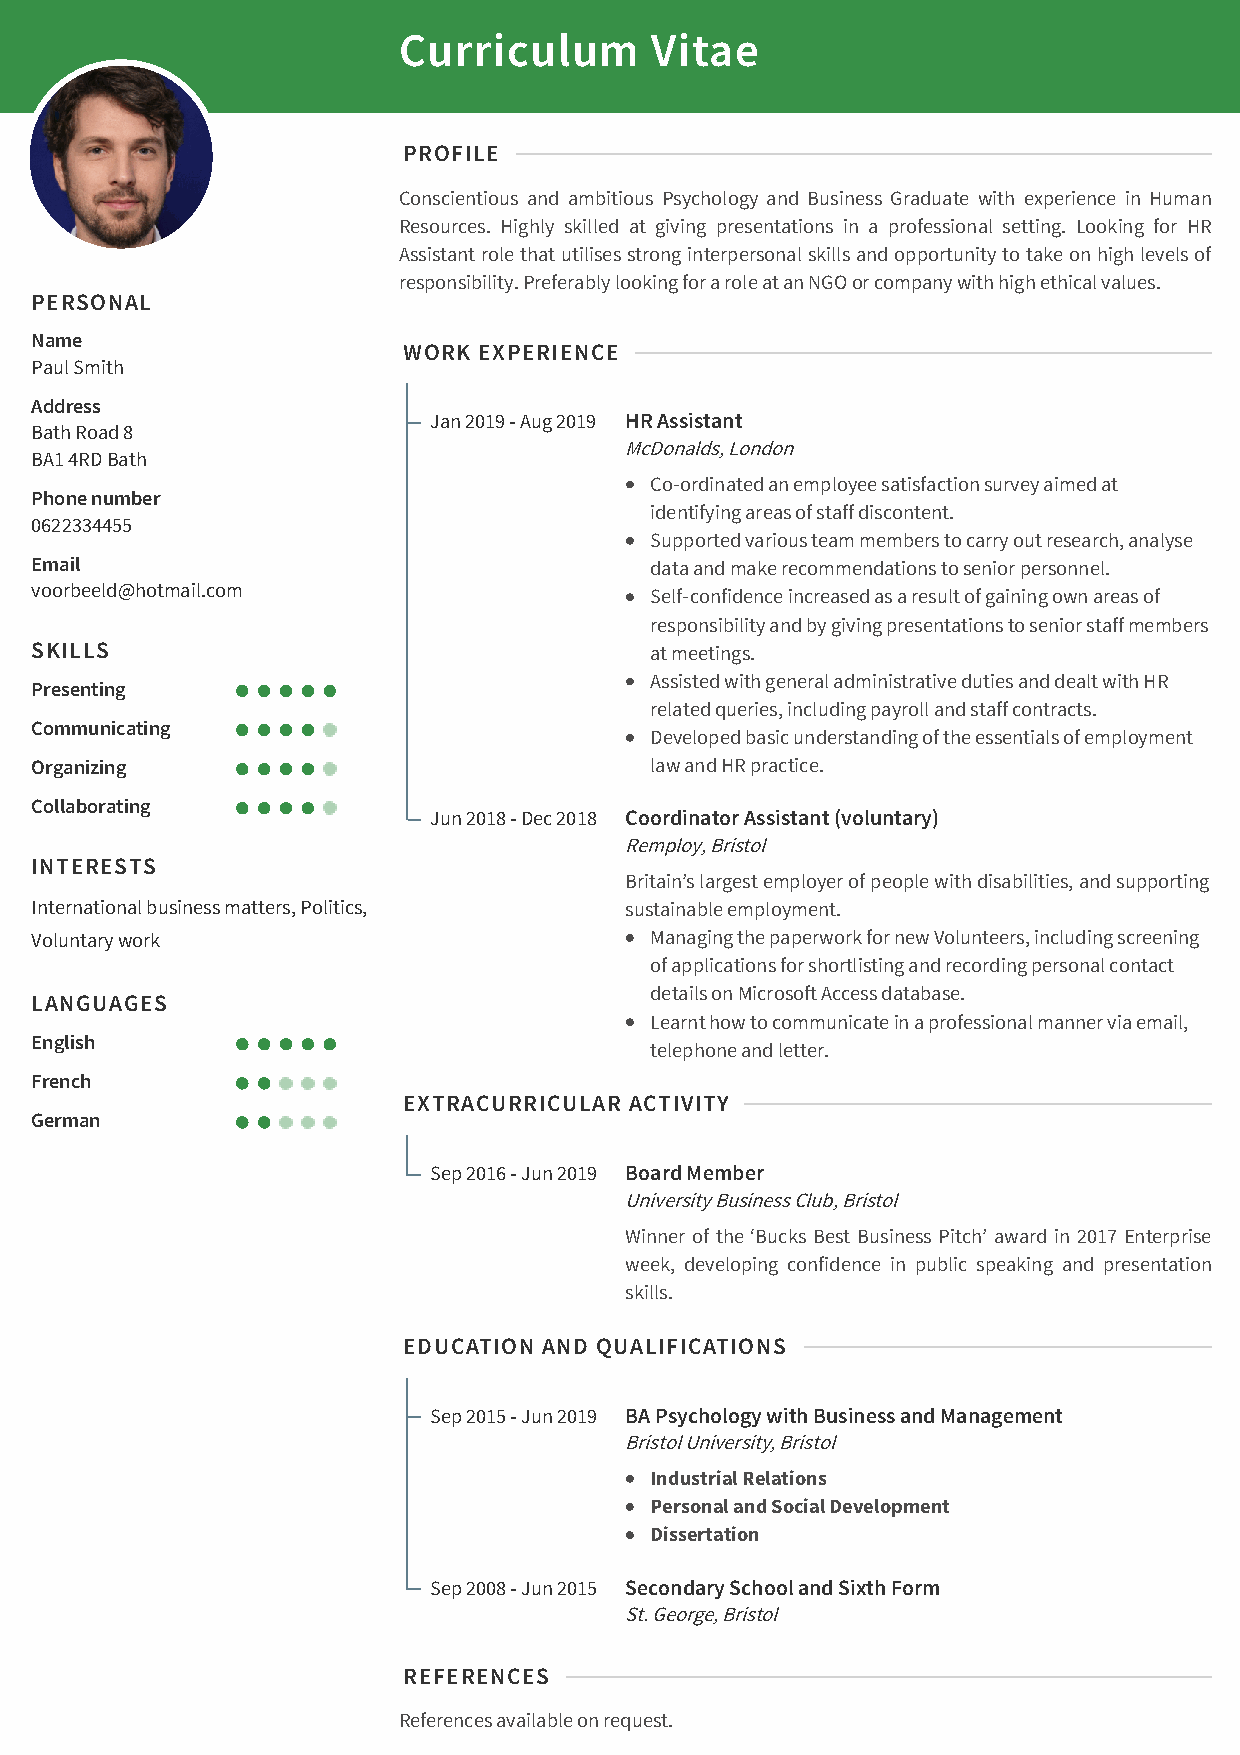
Curriculum       Vitae
 PROFILE
 Conscientious and ambitious Psychology and Business Graduate with experience in Human
 Resources. Highly skilled at giving presentations in a professional setting. Looking for HR
 Assistant role that utilises strong interpersonal skills and opportunity to take on high levels of
 responsibility. Preferably looking for a role at an NGO or company with high ethical values.
 PERSONAL
 Name
 WORK EXPERIENCE
 Paul Smith
 Address
 Jan 2019 - Aug 2019 HR Assistant
 Bath Road 8
 McDonalds, London
 BA1 4RD Bath
 Co‑ordinated an employee satisfaction survey aimed at
 Phone number
 identifying areas of staff discontent.
 0622334455
 Supported various team members to carry out research, analyse
 Email                                    data and make recommendations to senior personnel.
 voorbeeld@hotmail.com                    Self‑confidence increased as a result of gaining own areas of
 responsibility and by giving presentations to senior staff members
 SKILLS                                   at meetings.
 Assisted with general administrative duties and dealt with HR
 Presenting
 related queries, including payroll and staff contracts.
 Communicating
 Developed basic understanding of the essentials of employment
 Organizing                               law and HR practice.
 Collaborating
 Jun 2018 - Dec 2018 Coordinator Assistant (voluntary)
 Remploy, Bristol
 INTERESTS
 Britain’s largest employer of people with disabilities, and supporting
 International business matters, Politics, sustainable employment.
 Voluntary work                           Managing the paperwork for new Volunteers, including screening
 of applications for shortlisting and recording personal contact
 details on Microsoft Access database.
 LANGUAGES
 Learnt how to communicate in a professional manner via email,
 English
 telephone and letter.
 French
 EXTRACURRICULAR ACTIVITY
 German
 Sep 2016 - Jun 2019 Board Member
 University Business Club, Bristol
 Winner of the ‘Bucks Best Business Pitch’ award in 2017 Enterprise
 week, developing confidence in public speaking and presentation
 skills.
 EDUCATION AND QUALIFICATIONS
 Sep 2015 - Jun 2019 BA Psychology with Business and Management
 Bristol University, Bristol
 Industrial Relations
 Personal and Social Development
 Dissertation
 Sep 2008 - Jun 2015 Secondary School and Sixth Form
 St. George, Bristol
 REFERENCES
 References available on request.